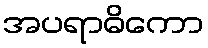
အပရာဓိကော